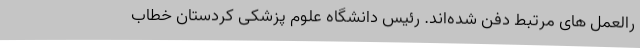
رالعمل های مرتبط دفن شده‌اند. رئیس دانشگاه علوم پزشکی کردستان خطاب